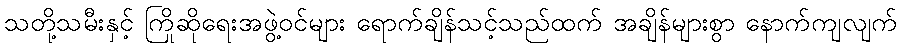
သတို့သမီးနှင့် ကြိုဆိုရေးအဖွဲ့ဝင်များ ရောက်ချိန်သင့်သည်ထက် အချိန်များစွာ နောက်ကျလျက်